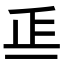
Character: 𣥋